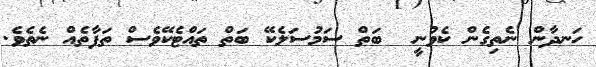
ހަނދާން ނެތިގެން ކެވުނީ  ބަތް ސަމުސަލެކޭ ބަތް ތައްޓެކޭވެސް ތަފާތެއް ނެތެވެ.